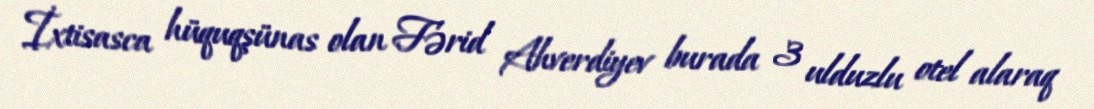
İxtisasca hüquqşünas olan Fərid Ahverdiyev burada 3 ulduzlu otel alaraq